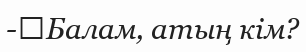
-	Балам, атың кім?